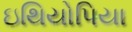
ઇથિયોપિયા